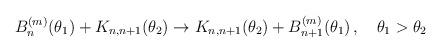
LaTeX: \begin{align*}B^{(m)}_{n}(\theta _{1})+K_{n,n+1}(\theta _{2})\to K_{n,n+1}(\theta _{2})+B^{(m)}_{n+1}(\theta _{1})\,,\quad \theta _{1}>\theta _{2}\end{align*}